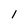
Character: l